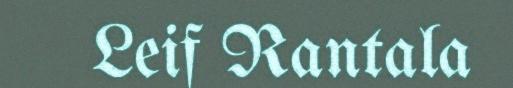
Leif Rantala